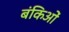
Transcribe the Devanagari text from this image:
बंकिओं